Lunatic asylums United Provinces 1899-1908 - 1899-1908
Year: 1899
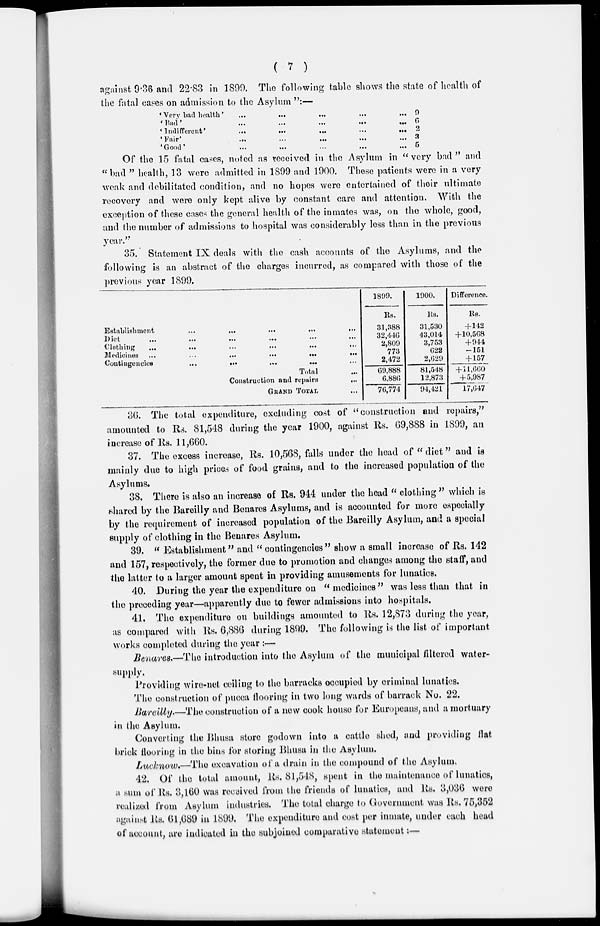
( 7 )
against 9.36 and 22.83 in 1899. The following table shows the state of health of
the fatal cases on admission to the Asylum ":—
' Very bad health' ... ... ... ... ...
'Bad' ... ... ... ... ...
'Indifferent'
...
...
...
...
...
'Fair' ... ... ... ... ...
'Good' ... ... ... ... ...
9
6
2
3
5
Of the 15 fatal cases, noted as received in the Asylum in "very bad" and
" bad " health, 13 were admitted in 1899 and 1900. These patients were in a very
weak and debilitated condition, and no hopes were entertained of their ultimate
recovery and were only kept alive by constant care and attention. With the
exception of these cases the general health of the inmates was, on the whole, good,
and the number of admissions to hospital was considerably less than in the previous
year."
35. Statement IX deals with the cash accounts of the Asylums, and the
following is an abstract of the charges incurred, as compared with those of the
previous year 1899.
Establishment
...
...
...
...
...
Diet ... ... ... ... ... ...
Clothing ... ... ... ... ... ...
Medicines
...
...
...
...
...
...
Contingencies
...
...
...
...
Total ...
Construction and repairs
...
GRAND TOTAL ...
1899.
Rs.
31,388
32.446
2,809
773
2,472
69,888
6,886
76,774
1900.
Rs.
31,530
43,014
3,753
622
2,629
81,548
12,873
94,421
Difference.
Rs.
+142
+10,568
+ 944
-151
+157
+ 11,660
+ 5,987
17,647
36. The total expenditure, excluding cost of "construction and repairs,"
amounted to Rs. 81,548 during the year 1900, against Rs. 69,888 in 1899, an
increase of Rs. 11,660.
37. The excess increase, Rs. 10,568, falls under the head of " diet" and is
mainly due to high prices of food grains, and to the increased population of the
Asylums.
38. There is also an increase of Rs. 944 under the head " clothing " which is
shared by the Bareilly and Benares Asylums, and is accounted for more especially
by the requirement of increased population of the Bareilly Asylum, and a special
supply of clothing in the Benares Asylum.
39. " Establishment" and " contingencies" show a small increase of Rs. 142
and 157, respectively, the former due to promotion and changes among the staff, and
the latter to a larger amount spent in providing amusements for lunatics.
40. During the year the expenditure on "medicines" was less than that in
the preceding year—apparently due to fewer admissions into hospitals.
41. The expenditure on buildings amounted to Rs. 12,873 during the year,
as compared with Rs. 6,886 during 1899. The following is the list of important
works completed during the year :—
Benares.—The introduction into the Asylum of the municipal filtered water-
supply.
Providing wire-net ceiling to the barracks occupied by criminal lunatics.
The construction of pucca flooring in two long wards of barrack No. 22.
Bareilly:—The construction of a new cook house for Europeans, and a mortuary
in the Asylum.
Converting the Bhusa store godown into a cattle shed, and providing flat
brick flooring in the bins for storing Bhusa in the Asylum.
Lucknow.—The excavation of a drain in the compound of the Asylum.
42. Of the total amount, Rs. 81,548, spent in the maintenance of lunatics,
a sum of Rs. 3,160 was received from the friends of lunatics, and Rs. 3,036 were
realized from Asylum industries. The total charge to Government was Rs. 75,352
against Rs. 61,689 in 1899. The expenditure and cost per inmate, under each head
of account, are indicated in the subjoined comparative statement;—